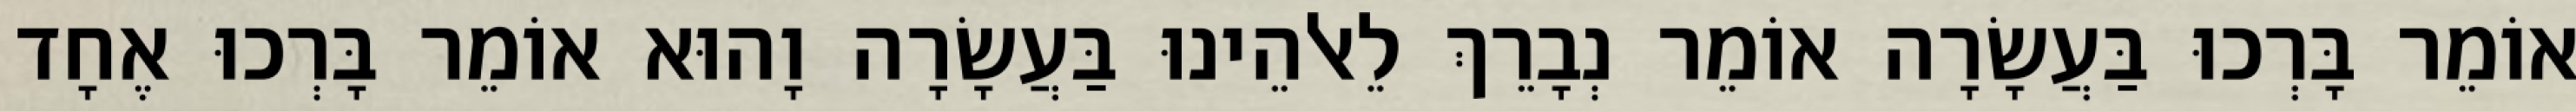
אוֹמֵר בָּרְכוּ בַּעֲשָׂרָה אוֹמֵר נְבָרֵךְ לֵאלֹהֵינוּ בַּעֲשָׂרָה וָהוּא אוֹמֵר בָּרְכוּ אֶחָד